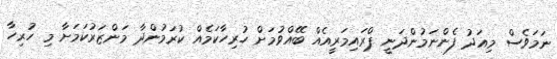
ނަމަވެސް މިއަދު ފެންނަމުންދަނީ ޕްރައިމަރީއެއް ބޭއްވުމަށް ހުރިހާކަމެއް ކުރަމުންދާ މަންޒަރުކަމަށާ މި ހުރިހާ